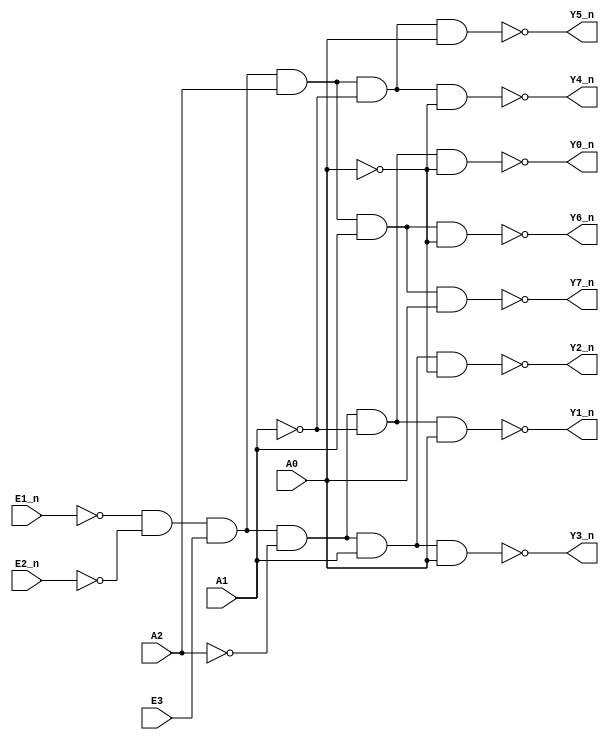
// ======================================================================
// Affiliation:			Tsinghua Univ
// Module Name:			decoder_38
// Description:			3-8 decoder
// Additional Comments:	VL18 on nowcoder
// ======================================================================

`timescale 1ns/1ns

module decoder_38 (
	input	wire	E1_n,
	input	wire	E2_n,
	input	wire	E3,
	input	wire	A0,
	input	wire	A1,
	input	wire	A2,
	output	wire	Y0_n,
	output	wire	Y1_n,
	output	wire	Y2_n,
	output	wire	Y3_n,
	output	wire	Y4_n,
	output	wire	Y5_n,
	output	wire	Y6_n,
	output	wire	Y7_n
);

assign	Y0_n  =  ~((~E1_n) & (~E2_n) & E3 & (~A2) & (~A1) & (~A0));
assign	Y1_n  =  ~((~E1_n) & (~E2_n) & E3 & (~A2) & (~A1) & ( A0));
assign	Y2_n  =  ~((~E1_n) & (~E2_n) & E3 & (~A2) & ( A1) & (~A0));
assign	Y3_n  =  ~((~E1_n) & (~E2_n) & E3 & (~A2) & ( A1) & ( A0));
assign	Y4_n  =  ~((~E1_n) & (~E2_n) & E3 & ( A2) & (~A1) & (~A0));
assign	Y5_n  =  ~((~E1_n) & (~E2_n) & E3 & ( A2) & (~A1) & ( A0));
assign	Y6_n  =  ~((~E1_n) & (~E2_n) & E3 & ( A2) & ( A1) & (~A0));
assign	Y7_n  =  ~((~E1_n) & (~E2_n) & E3 & ( A2) & ( A1) & ( A0));

endmodule